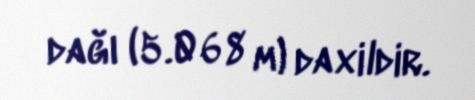
dağı (5.068 m) daxildir.